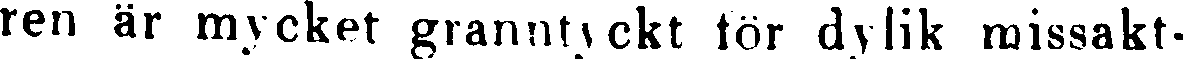
ren är mycket granntyckt för dylik missakt-